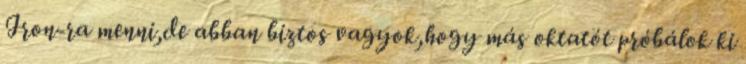
Iron-ra menni,de abban biztos vagyok,hogy más oktatót próbálok ki